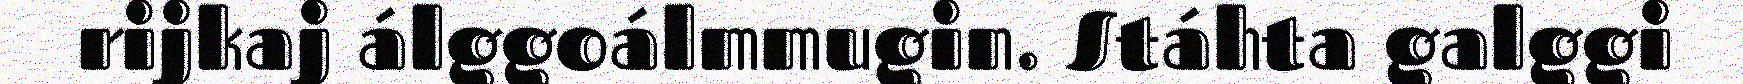
rijkaj álggoálmmugin. Stáhta galggi